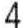
4